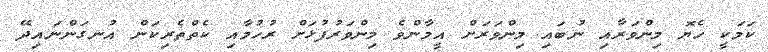
ކަމަކީ ހެޔޮ މިންވަރާއި ނުބައި މިންވަރަށް އީމާންވެ މިންވަރުފުޅަށް ރުހުމާއި ކެތްތެރިކަން އުނގަންނައިދޭ